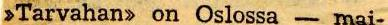
>>Tarvahan>> on Oslossa - mai-